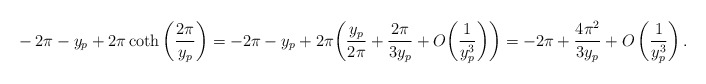
\begin{align*}&-2\pi-y_{p}+ 2\pi\coth\bigg(\frac{2\pi}{y_{p}}\bigg)=-2\pi-y_{p}+2\pi\bigg(\frac{y_{p}}{2\pi}+\frac{2\pi}{3y_{p}}+O\bigg(\frac{1}{y_{p}^{3}}\bigg)\bigg)=-2\pi+\frac{4\pi^{2}}{3y_{p}}+O\left(\frac{1}{y_{p}^{3}}\right).\end{align*}